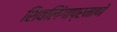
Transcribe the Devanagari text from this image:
शिवलिंगाप्रमाणे